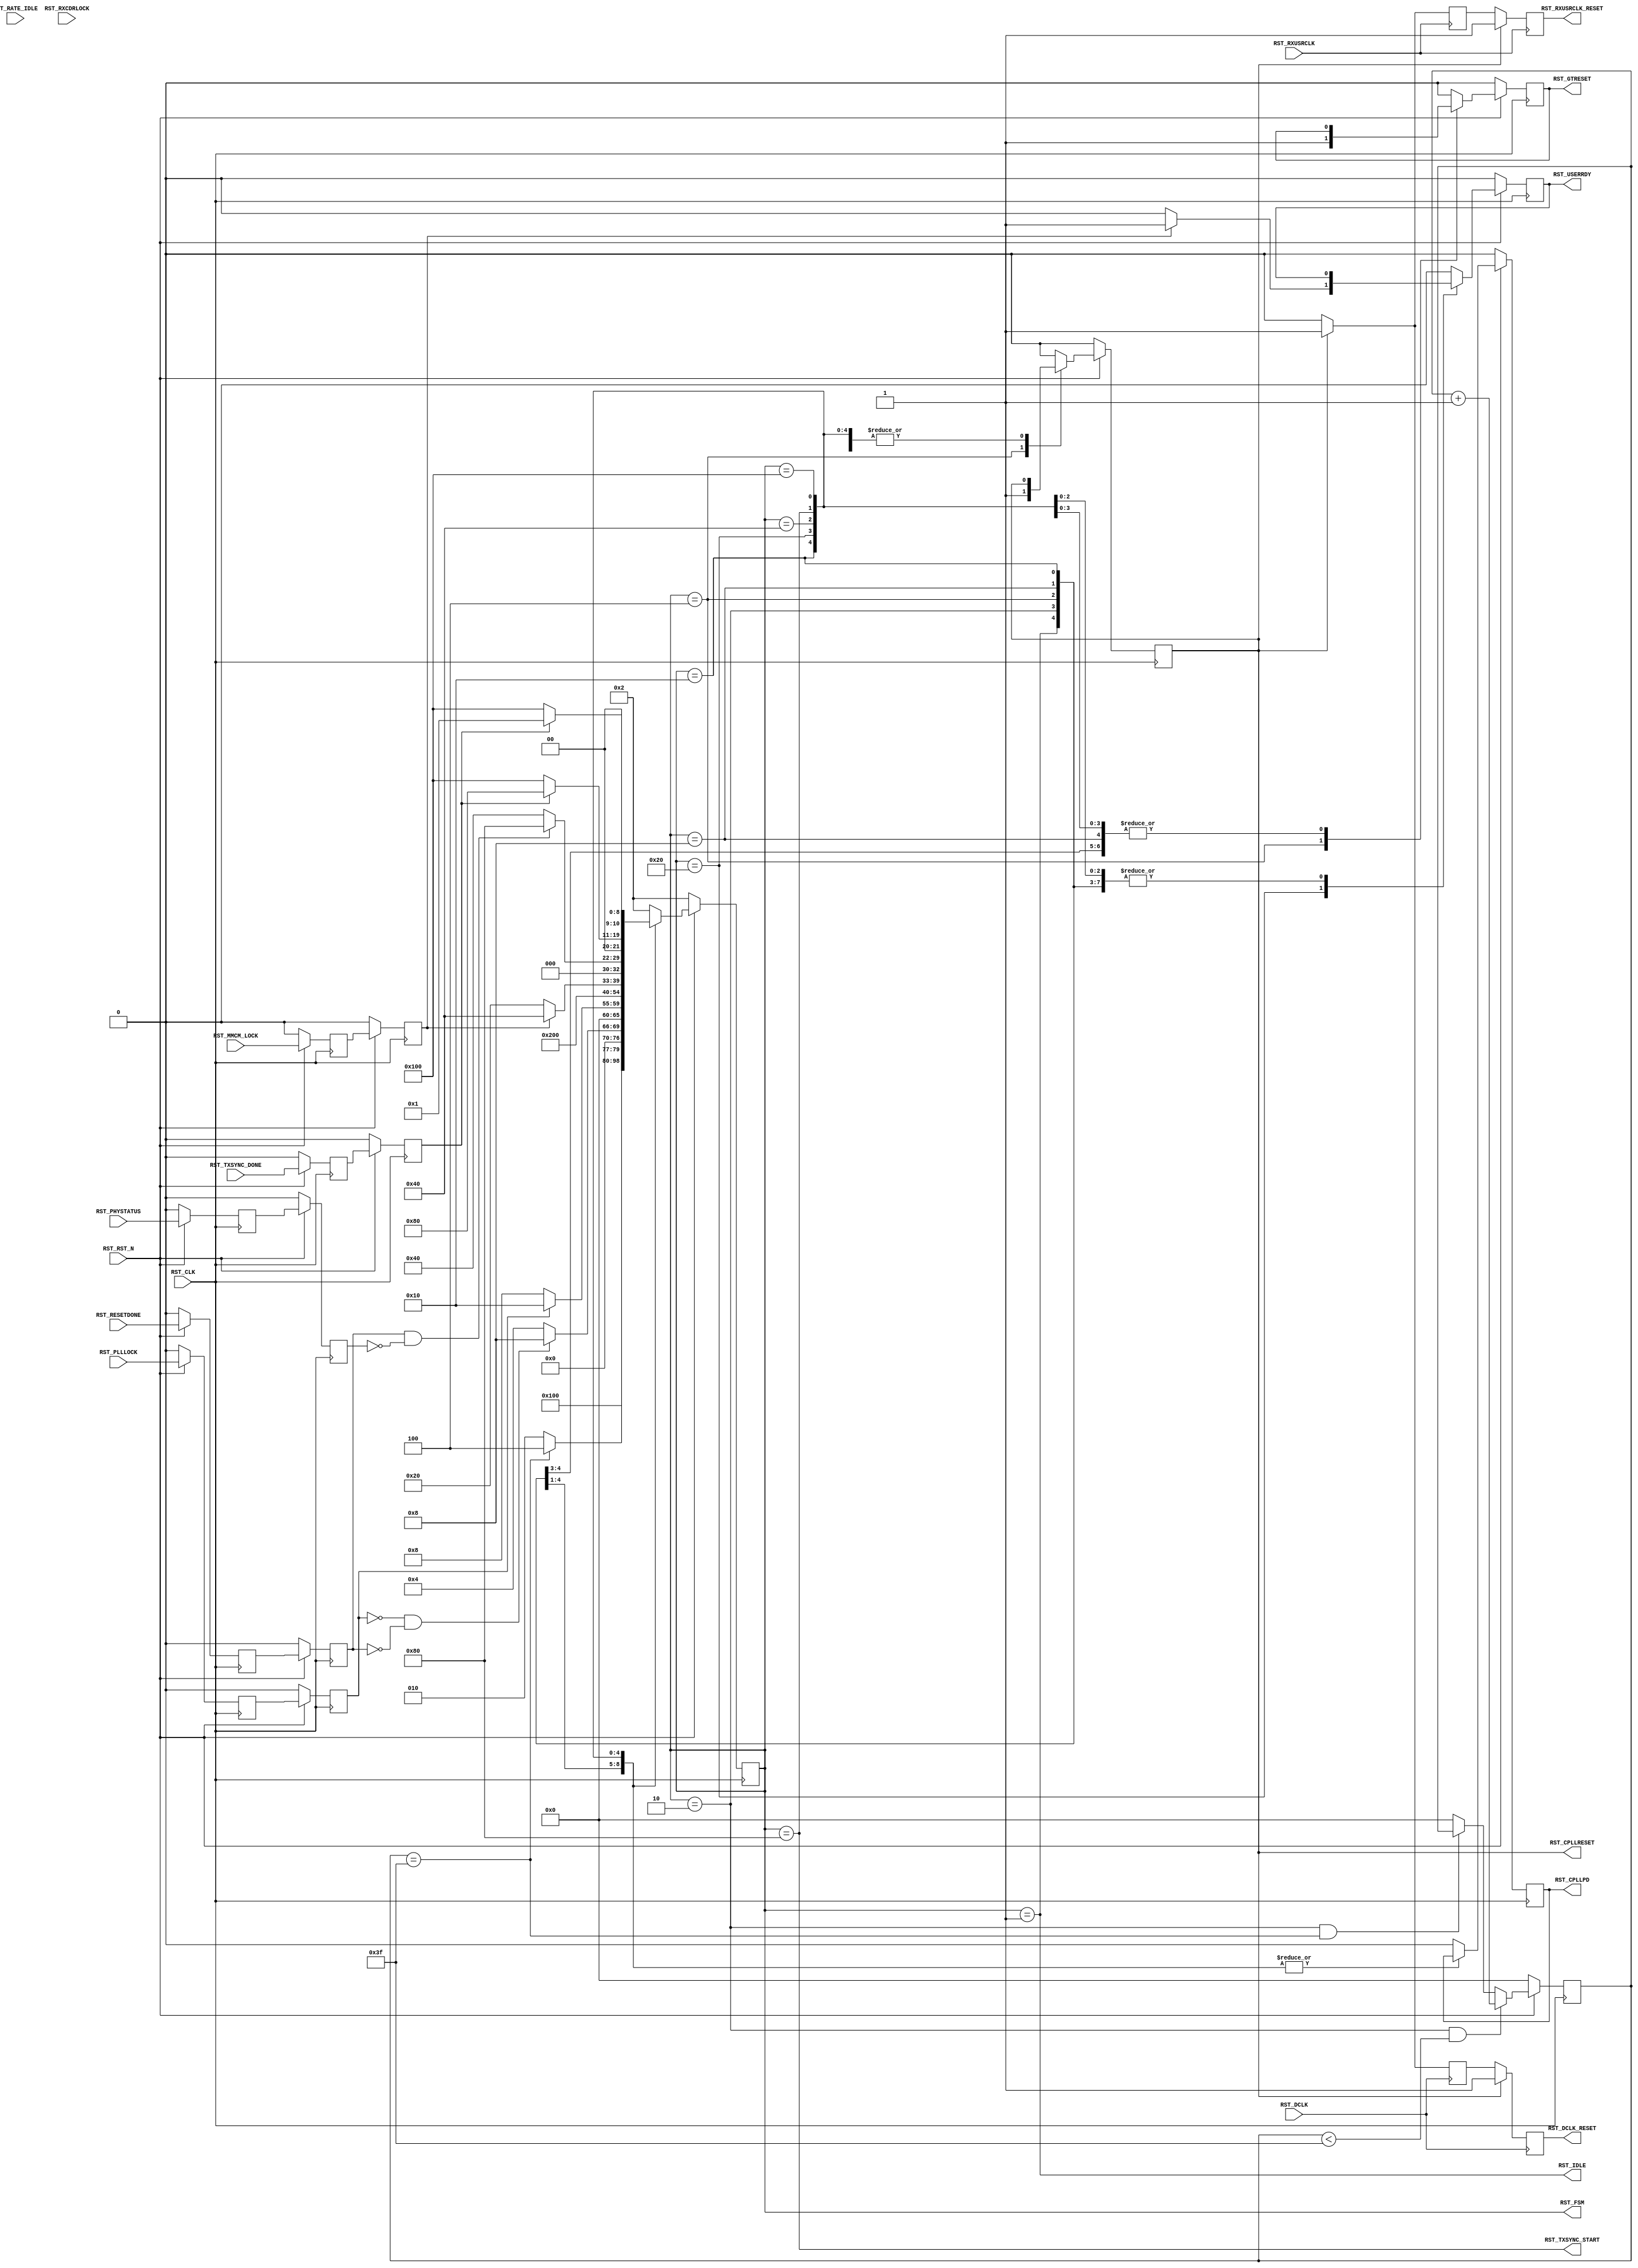
//-----------------------------------------------------------------------------
//
// (c) Copyright 2010-2011 Xilinx, Inc. All rights reserved.
//
// This file contains confidential and proprietary information
// of Xilinx, Inc. and is protected under U.S. and
// international copyright and other intellectual property
// laws.
//
// DISCLAIMER
// This disclaimer is not a license and does not grant any
// rights to the materials distributed herewith. Except as
// otherwise provided in a valid license issued to you by
// Xilinx, and to the maximum extent permitted by applicable
// law: (1) THESE MATERIALS ARE MADE AVAILABLE "AS IS" AND
// WITH ALL FAULTS, AND XILINX HEREBY DISCLAIMS ALL WARRANTIES
// AND CONDITIONS, EXPRESS, IMPLIED, OR STATUTORY, INCLUDING
// BUT NOT LIMITED TO WARRANTIES OF MERCHANTABILITY, NON-
// INFRINGEMENT, OR FITNESS FOR ANY PARTICULAR PURPOSE; and
// (2) Xilinx shall not be liable (whether in contract or tort,
// including negligence, or under any other theory of
// liability) for any loss or damage of any kind or nature
// related to, arising under or in connection with these
// materials, including for any direct, or any indirect,
// special, incidental, or consequential loss or damage
// (including loss of data, profits, goodwill, or any type of
// loss or damage suffered as a result of any action brought
// by a third party) even if such damage or loss was
// reasonably foreseeable or Xilinx had been advised of the
// possibility of the same.
//
// CRITICAL APPLICATIONS
// Xilinx products are not designed or intended to be fail-
// safe, or for use in any application requiring fail-safe
// performance, such as life-support or safety devices or
// systems, Class III medical devices, nuclear facilities,
// applications related to the deployment of airbags, or any
// other applications that could lead to death, personal
// injury, or severe property or environmental damage
// (individually and collectively, "Critical
// Applications"). Customer assumes the sole risk and
// liability of any use of Xilinx products in Critical
// Applications, subject only to applicable laws and
// regulations governing limitations on product liability.
//
// THIS COPYRIGHT NOTICE AND DISCLAIMER MUST BE RETAINED AS
// PART OF THIS FILE AT ALL TIMES.
//
//-----------------------------------------------------------------------------
// Project    : Series-7 Integrated Block for PCI Express
// Version    : 1.7
//------------------------------------------------------------------------------
//  Description  :  GTP PIPE Reset Module for 7 Series Transceiver
//  Version      :  15.0
//------------------------------------------------------------------------------



`timescale 1ns / 1ps



//---------- PIPE Reset Module -------------------------------------------------
module pcie_7x_v1_8_gtp_pipe_reset #
(

    //---------- Global ------------------------------------
    parameter PCIE_TXBUF_EN     = "FALSE",                  // PCIe TX buffer enable
    parameter PCIE_LANE         = 1,                        // PCIe number of lanes
    //---------- Local -------------------------------------
    parameter CFG_WAIT_MAX      = 6'd63,                    // Configuration wait max
    parameter BYPASS_RXCDRLOCK  = 1                         // Bypass RXCDRLOCK

)

(

    //---------- Input -------------------------------------
    input                           RST_CLK,
    input                           RST_RXUSRCLK,
    input                           RST_DCLK,
    input                           RST_RST_N,
    input                           RST_PLLLOCK,
    input       [PCIE_LANE-1:0]     RST_RATE_IDLE,
    input       [PCIE_LANE-1:0]     RST_RXCDRLOCK,
    input                           RST_MMCM_LOCK,
    input       [PCIE_LANE-1:0]     RST_RESETDONE,
    input       [PCIE_LANE-1:0]     RST_PHYSTATUS,
    input       [PCIE_LANE-1:0]     RST_TXSYNC_DONE,
    
    //---------- Output ------------------------------------
    output                          RST_CPLLRESET,
    output                          RST_CPLLPD,
    output                          RST_RXUSRCLK_RESET,
    output                          RST_DCLK_RESET,
    output                          RST_GTRESET,
    output                          RST_USERRDY,
    output                          RST_TXSYNC_START,
    output                          RST_IDLE,
    output      [10:0]              RST_FSM

);

    //---------- Input Register ----------------------------
    reg                             plllock_reg1;
    reg         [PCIE_LANE-1:0]     rate_idle_reg1;
    reg         [PCIE_LANE-1:0]     rxcdrlock_reg1;
    reg                             mmcm_lock_reg1;
    reg         [PCIE_LANE-1:0]     resetdone_reg1;
    reg         [PCIE_LANE-1:0]     phystatus_reg1;
    reg         [PCIE_LANE-1:0]     txsync_done_reg1;  
    
    reg                             plllock_reg2;
    reg         [PCIE_LANE-1:0]     rate_idle_reg2;
    reg         [PCIE_LANE-1:0]     rxcdrlock_reg2;
    reg                             mmcm_lock_reg2;
    reg         [PCIE_LANE-1:0]     resetdone_reg2;
    reg         [PCIE_LANE-1:0]     phystatus_reg2;
    reg         [PCIE_LANE-1:0]     txsync_done_reg2;
    
    //---------- Internal Signal ---------------------------
    reg         [ 5:0]              cfg_wait_cnt      =  6'd0;
    
    //---------- Output Register ---------------------------
    reg                             pllreset         =  1'd0;
    reg                             pllpd            =  1'd0;
    reg                             rxusrclk_rst_reg1 =  1'd0;
    reg                             rxusrclk_rst_reg2 =  1'd0;
    reg                             dclk_rst_reg1     =  1'd0;
    reg                             dclk_rst_reg2     =  1'd0;
    reg                             gtreset           =  1'd0;
    reg                             userrdy           =  1'd0;
    reg         [10:0]              fsm               = 11'd2;                 
   
    //---------- FSM ---------------------------------------                                         
    localparam                      FSM_IDLE          = 9'b000000001; 
    localparam                      FSM_CFG_WAIT      = 9'b000000010;
    localparam                      FSM_PLLRESET      = 9'b000000100;     
    localparam                      FSM_PLLLOCK       = 9'b000001000;
    localparam                      FSM_GTRESET       = 9'b000010000;                      
    localparam                      FSM_MMCM_LOCK     = 9'b000100000;  
    localparam                      FSM_RESETDONE     = 9'b001000000;  
    localparam                      FSM_TXSYNC_START  = 9'b010000000;
    localparam                      FSM_TXSYNC_DONE   = 9'b100000000;                                 

    

//---------- Input FF ----------------------------------------------------------
always @ (posedge RST_CLK)
begin

    if (!RST_RST_N)
        begin    
        //---------- 1st Stage FF --------------------------    
        plllock_reg1     <= 1'd0; 
        rate_idle_reg1   <= {PCIE_LANE{1'd0}}; 
        rxcdrlock_reg1   <= {PCIE_LANE{1'd0}}; 
        mmcm_lock_reg1   <= 1'd0; 
        resetdone_reg1   <= {PCIE_LANE{1'd0}}; 
        phystatus_reg1   <= {PCIE_LANE{1'd0}}; 
        txsync_done_reg1 <= {PCIE_LANE{1'd0}}; 
        //---------- 2nd Stage FF --------------------------
        plllock_reg2     <= 1'd0; 
        rate_idle_reg2   <= {PCIE_LANE{1'd0}}; 
        rxcdrlock_reg2   <= {PCIE_LANE{1'd0}}; 
        mmcm_lock_reg2   <= 1'd0;
        resetdone_reg2   <= {PCIE_LANE{1'd0}}; 
        phystatus_reg2   <= {PCIE_LANE{1'd0}}; 
        txsync_done_reg2 <= {PCIE_LANE{1'd0}}; 
        end
    else
        begin  
        //---------- 1st Stage FF --------------------------    
        plllock_reg1     <= RST_PLLLOCK;
        rate_idle_reg1   <= RST_RATE_IDLE;
        rxcdrlock_reg1   <= RST_RXCDRLOCK;
        mmcm_lock_reg1   <= RST_MMCM_LOCK;
        resetdone_reg1   <= RST_RESETDONE;
        phystatus_reg1   <= RST_PHYSTATUS;
        txsync_done_reg1 <= RST_TXSYNC_DONE;
        //---------- 2nd Stage FF --------------------------
        plllock_reg2     <= plllock_reg1;
        rate_idle_reg2   <= rate_idle_reg1;
        rxcdrlock_reg2   <= rxcdrlock_reg1;
        mmcm_lock_reg2   <= mmcm_lock_reg1;
        resetdone_reg2   <= resetdone_reg1;
        phystatus_reg2   <= phystatus_reg1;
        txsync_done_reg2 <= txsync_done_reg1;   
        end
        
end    



//---------- Configuration Reset Wait Counter ----------------------------------
always @ (posedge RST_CLK)
begin

    if (!RST_RST_N)
        cfg_wait_cnt <= 6'd0;
    else
    
        //---------- Increment Configuration Reset Wait Counter
        if ((fsm == FSM_CFG_WAIT) && (cfg_wait_cnt < CFG_WAIT_MAX))
            cfg_wait_cnt <= cfg_wait_cnt + 6'd1;
            
        //---------- Hold Configuration Reset Wait Counter -
        else if ((fsm == FSM_CFG_WAIT) && (cfg_wait_cnt == CFG_WAIT_MAX))
            cfg_wait_cnt <= cfg_wait_cnt;
            
        //---------- Reset Configuration Reset Wait Counter 
        else
            cfg_wait_cnt <= 6'd0;
        
end 



//---------- PIPE Reset FSM ----------------------------------------------------
always @ (posedge RST_CLK)
begin

    if (!RST_RST_N)
        begin
        fsm       <= FSM_CFG_WAIT;
        pllreset <= 1'd0;
        pllpd    <= 1'd0;
        gtreset   <= 1'd0;
        userrdy   <= 1'd0;
        end
    else
        begin
        
        case (fsm)
            
        //---------- Idle State ----------------------------
        FSM_IDLE :
        
            begin
            if (!RST_RST_N)
                begin
                fsm       <= FSM_CFG_WAIT;
                pllreset <= 1'd0;
                pllpd    <= 1'd0;
                gtreset   <= 1'd0;
                userrdy   <= 1'd0;
                end
            else
                begin
                fsm       <= FSM_IDLE;
                pllreset  <= pllreset;
                pllpd     <= pllpd;
                gtreset   <= gtreset;
                userrdy   <= userrdy;
                end
            end  
            
        //----------  Wait for Configuration Reset Delay ---
        FSM_CFG_WAIT :
          
            begin
            fsm       <= ((cfg_wait_cnt == CFG_WAIT_MAX) ? FSM_PLLRESET : FSM_CFG_WAIT);
            pllreset  <= pllreset;
            pllpd     <= pllpd;
            gtreset   <= gtreset;
            userrdy   <= userrdy;
            end 
            
        //---------- Hold PLL and GTX Channel in Reset ----
        FSM_PLLRESET :
        
            begin
            fsm       <= (((~plllock_reg2) && (&(~resetdone_reg2))) ? FSM_PLLLOCK : FSM_PLLRESET);
            pllreset  <= 1'd1;
            pllpd     <= pllpd;
            gtreset   <= 1'd1;
            userrdy   <= userrdy;
            end  

        //---------- Wait for PLL Lock --------------------
        FSM_PLLLOCK :
        
            begin
            fsm       <= (plllock_reg2 ? FSM_GTRESET : FSM_PLLLOCK);
            pllreset  <= 1'd0;
            pllpd     <= pllpd;
            gtreset   <= gtreset;
            userrdy   <= userrdy;
            end

        FSM_GTRESET :
        
            begin
            fsm       <= FSM_MMCM_LOCK;
            pllreset  <= pllreset;
            pllpd     <= pllpd;
            gtreset   <= 1'b0;
            userrdy   <= userrdy;
            end

        //---------- Wait for MMCM and RX CDR Lock ---------
        FSM_MMCM_LOCK :
        
            begin  
            if (mmcm_lock_reg2 && (&rxcdrlock_reg2 || (BYPASS_RXCDRLOCK == 1)))
                begin
                fsm       <= FSM_RESETDONE;
                pllreset  <= pllreset;
                pllpd     <= pllpd;
                gtreset   <= gtreset;
                userrdy   <= 1'd1;
                end
            else
                begin
                fsm       <= FSM_MMCM_LOCK;
                pllreset  <= pllreset;
                pllpd     <= pllpd;
                gtreset   <= gtreset;
                userrdy   <= 1'd0;
                end
            end

        //---------- Wait for [TX/RX]RESETDONE and PHYSTATUS 
        FSM_RESETDONE :
        
            begin
            fsm       <= (&resetdone_reg2 && (&(~phystatus_reg2)) ? FSM_TXSYNC_START : FSM_RESETDONE);  
            pllreset  <= pllreset;
            pllpd     <= pllpd;
            gtreset   <= gtreset;
            userrdy   <= userrdy;
            end
            
       ////---------- Start TX Sync -------------------------
        FSM_TXSYNC_START :
        
            begin
            fsm       <= (&(~txsync_done_reg2) ? FSM_TXSYNC_DONE : FSM_TXSYNC_START);
            pllreset  <= pllreset;
            pllpd     <= pllpd;
            gtreset   <= gtreset;
            userrdy   <= userrdy;
            end
            
        //---------- Wait for TX Sync Done -----------------
        FSM_TXSYNC_DONE :
        
            begin
            fsm       <= (&txsync_done_reg2 ? FSM_IDLE : FSM_TXSYNC_DONE);
            pllreset  <= pllreset;
            pllpd     <= pllpd;
            gtreset   <= gtreset;
            userrdy   <= userrdy;
            end     
            
        //---------- Default State -------------------------
        default :
        
            begin
            fsm       <= FSM_CFG_WAIT;
            pllreset  <= 1'd0;
            pllpd     <= 1'd0;
            gtreset   <= 1'd0;
            userrdy   <= 1'd0;
            end

        endcase
        
        end
        
end



//---------- RXUSRCLK Reset Synchronizer ---------------------------------------
always @ (posedge RST_RXUSRCLK)
begin

    if (pllreset) 
        begin
        rxusrclk_rst_reg1 <= 1'd1;
        rxusrclk_rst_reg2 <= 1'd1;
        end
    else
        begin
        rxusrclk_rst_reg1 <= 1'd0;
        rxusrclk_rst_reg2 <= rxusrclk_rst_reg1;
        end   
          
end  

//---------- DCLK Reset Synchronizer -------------------------------------------
always @ (posedge RST_DCLK)
begin

    if (pllreset) 
        begin
        dclk_rst_reg1 <= 1'd1;
        dclk_rst_reg2 <= 1'd1;
        end
    else
        begin
        dclk_rst_reg1 <= 1'd0;
        dclk_rst_reg2 <= dclk_rst_reg1;
        end   
          
end  



//---------- PIPE Reset Output -------------------------------------------------
assign RST_CPLLRESET      = pllreset;
assign RST_CPLLPD         = pllpd;
assign RST_RXUSRCLK_RESET = rxusrclk_rst_reg2;
assign RST_DCLK_RESET     = dclk_rst_reg2;
assign RST_GTRESET        = gtreset;  
assign RST_USERRDY        = userrdy;
assign RST_TXSYNC_START   = (fsm == FSM_TXSYNC_START);
assign RST_IDLE           = (fsm == FSM_IDLE);
assign RST_FSM            = fsm;                   



endmodule